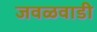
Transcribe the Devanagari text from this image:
जवळवाडी